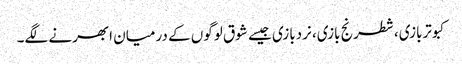
کبوتربازی، شطرنج بازی، نردبازی جیسے شوق لوگوں کے درمیان ابھرنے لگے۔